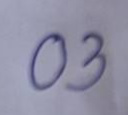
03